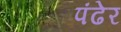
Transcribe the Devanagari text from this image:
पंढेर